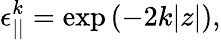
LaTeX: \epsilon_{||}^{k}=\exp\left({-2k|z|}\right),